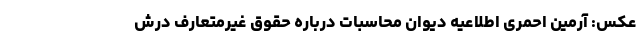
عکس: آرمین احمری اطلاعیه دیوان محاسبات درباره حقوق‌ غیرمتعارف درش